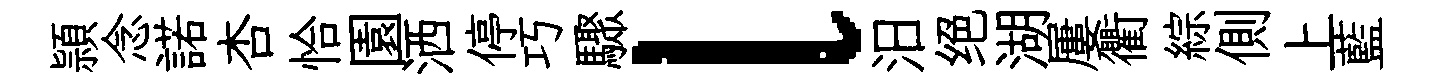
頴念諾杏恰園洒停巧驟l汨绝湖屢衢綜側上藍